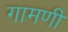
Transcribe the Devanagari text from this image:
गामणी